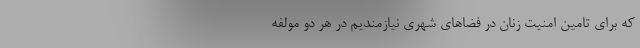
که برای تامین امنیت زنان در فضاهای شهری نیازمندیم در هر دو مولفه